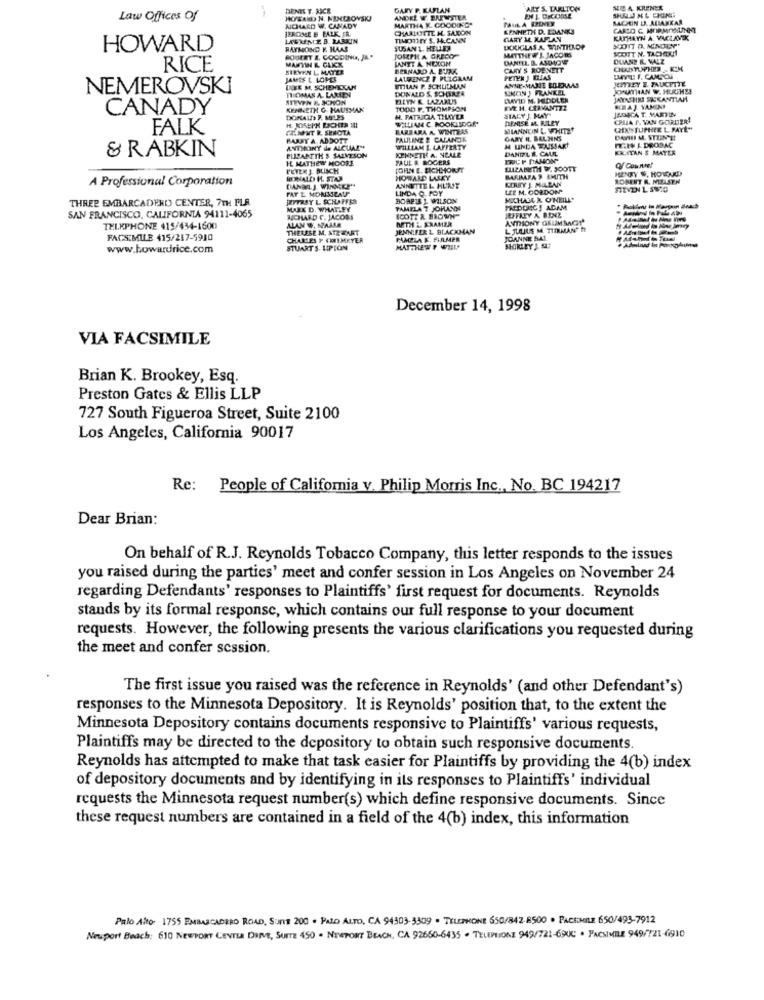
DENIE T. NICE
GARY P. KAPLAN
ARY S. TARLTON
NEA KRENER
Law Offices Of
HOWARD N. NEMEROWSKI
ACHARD W. CANADY
ANDKE W. BAINSTER
MARTHA K. GOODING"
PAUL A PPENER
EN L. DICONSE
SACHIN DA. ALIASKAR
JEROME B BALK. FR.
CHARLOTTE H. SAXON
KENNETH D. EDANKS
CARLO C. MORMOUINKT
LAGRENE B. RARKIN
GARY M. KAPLAN
KATHRYN A. VARLAVIK
HOWARD
RAYMOND F. HAAS
SUSAN L. HELLER
MATTHEW I. JACOM
DOUGLAS A. WINTHROP
SCOTT N. TACHDUNA
ROBERT & GOODING, JR."
MARTIN & CAKK
JOUPHA GRECO
JANTT A NEXON
DANIEL B. ASDONE
DUANE R. VALZ
RICE
SIRVEN L. MATER
BERNARD A. BURK
CARY S ROENETT
JAMIE L. LOPES
LAURENCZ T PLIGRAM
ANNE-MARIE BRERAAS
PETYR J BIAS
LAVL F. CANSOU
JEFREY E. PALCETTE
NEMEROVSKI
LIKE M, SCHENEKAN
THOMAS A. LAMEN
DONALD S, SCHERER
UTLAN P. SCHULMAN
SINON ) FRANKEL
STEVEN & SCHON
ELLYN E LAZARUS
DAVID M. MIDDLEN
JAYASHIN SESKANTIAN
CANADY
KENNETH G. HAUSMAN
TODD P. THOMPSON
EVE H. CERVANTZZ
SIALY J. MAY-
REAJ. YAMINI
DONALD P MUS
H. PATRICIA THAYER
WELLIAM C. ROOKLIDGR
DENISE M. RILEY
CPUIA P. VAN GORDER
FALK
FILMENT R SENOTA
BARBARA A. WDMTEAS
MILANNON L. WHITE'
QEXISTUPHEE L. PAYE"
PARSY A. ABDOTT
PALILINE & CALANDK
GARY IL. BALMNS
& RABKIN
ANTHONY de ALCUAL"
KENNETH A. NEALR
WILLIAM L LAFFERTY
DANIEL S. CAUL
H UNDA TASSART
KALITAN $ MATER
PULSABITH $ SALVESON
IL. MATHEW MOORE
PAUL & ROGERS
IRUP DANON
JOHN E. EICHHORST
ELIZABETH W. SCOTT
HENRY W. HONDUED
Of Course!
A Professional Corporation
HERNIALD H. STAR
HOWARD LAMY
KERRY J. MILLAN
MARIMBA S SMITH
ROBERT R. MELSEN
DANDA J. WINGER"
FAT E MONMILA
LINDA Q. POY
ANNETTE L HURST
LIE M. GORDON'
THREE EMBARCADERO CENTER, 7TH FLR
ZYTRAY L. SCHAFFER
BORET J. WILSON
MUCHAS4 R. O'NEILLS
MAX D. WHATLEY
PAMELA 7 JOHANIN
JEFFREY A BENZ
SAN FRANCISCO, CALIFORNIA 94111-4065
ALAN #, NAILE
RICHARD G. JACOMS
NETHL KRAMER
ANTHONY GRUMMAGT
TEIKPHONE 415/434-1600
THERESE M. STZ WART
JENNIFER L. BLACKMAN
L. JULIUS M. TIRMAN?
FACSIMILE 415/217-5910
CHARLES F CRIMEYER
PAMELA K. FILMER
JOANNE BAL
www.howardrice.com
STUART'S UPTON
MATTHEW F WILLY
SHIRLEY J. SU
December 14, 1998
VIA FACSIMILE
Brian K. Brookey, Esq.
Preston Gates & Ellis LLP
727 South Figueroa Street, Suite 2100
Los Angeles, California 90017
Re: People of California v. Philip Morris Inc ., No, BC 194217
Dear Brian:
On behalf of R.J. Reynolds Tobacco Company, this letter responds to the issues
you raised during the parties' meet and confer session in Los Angeles on November 24
regarding Defendants' responses to Plaintiffs' first request for documents. Reynolds
stands by its formal response, which contains our full response to your document
requests. However, the following presents the various clarifications you requested during
the meet and confer session.
The first issue you raised was the reference in Reynolds' (and other Defendant's)
responses to the Minnesota Depository. It is Reynolds' position that, to the extent the
Minnesota Depository contains documents responsive to Plaintiffs' various requests,
Plaintiffs may be directed to the depository to obtain such responsive documents.
Reynolds has attempted to make that task easier for Plaintiffs by providing the 4(b) index
of depository documents and by identifying in its responses to Plaintiffs' individual
requests the Minnesota request number(s) which define responsive documents. Since
these request numbers are contained in a field of the 4(b) index, this information
Palo Alto 1755 EMBUSCADERO ROAD, Suns 200 . PALO ALTO, CA 94303-3309 . TELEPHONE 650/842-8500 . PACSOMILE 650/493-7912
Newport Beach: 610 NEWPORT CENTER DRIVE, SUITE 450 . NEWPORT BEACH, CA 92650-6435 . TELEPIONE 949/721-6900 . FACSIMILE 949/721-6910